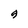
Character: g